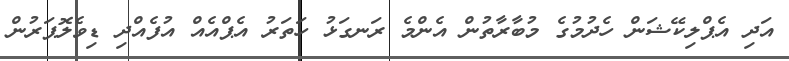
އަދި އެޕްލިކޭޝަން ހެދުމުގެ މުބާރާތުން އެންމެ ރަނގަޅު ހަތަރު އެޕްއެއް އުފެއްދި ޑިވެލޮޕަރުން